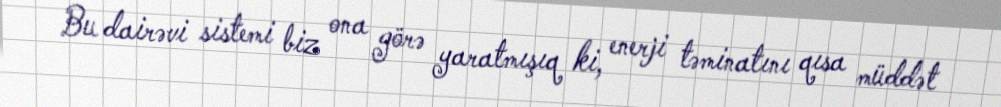
Bu dairəvi sistemi biz ona görə yaratmışıq ki, enerji təminatını qısa müddət